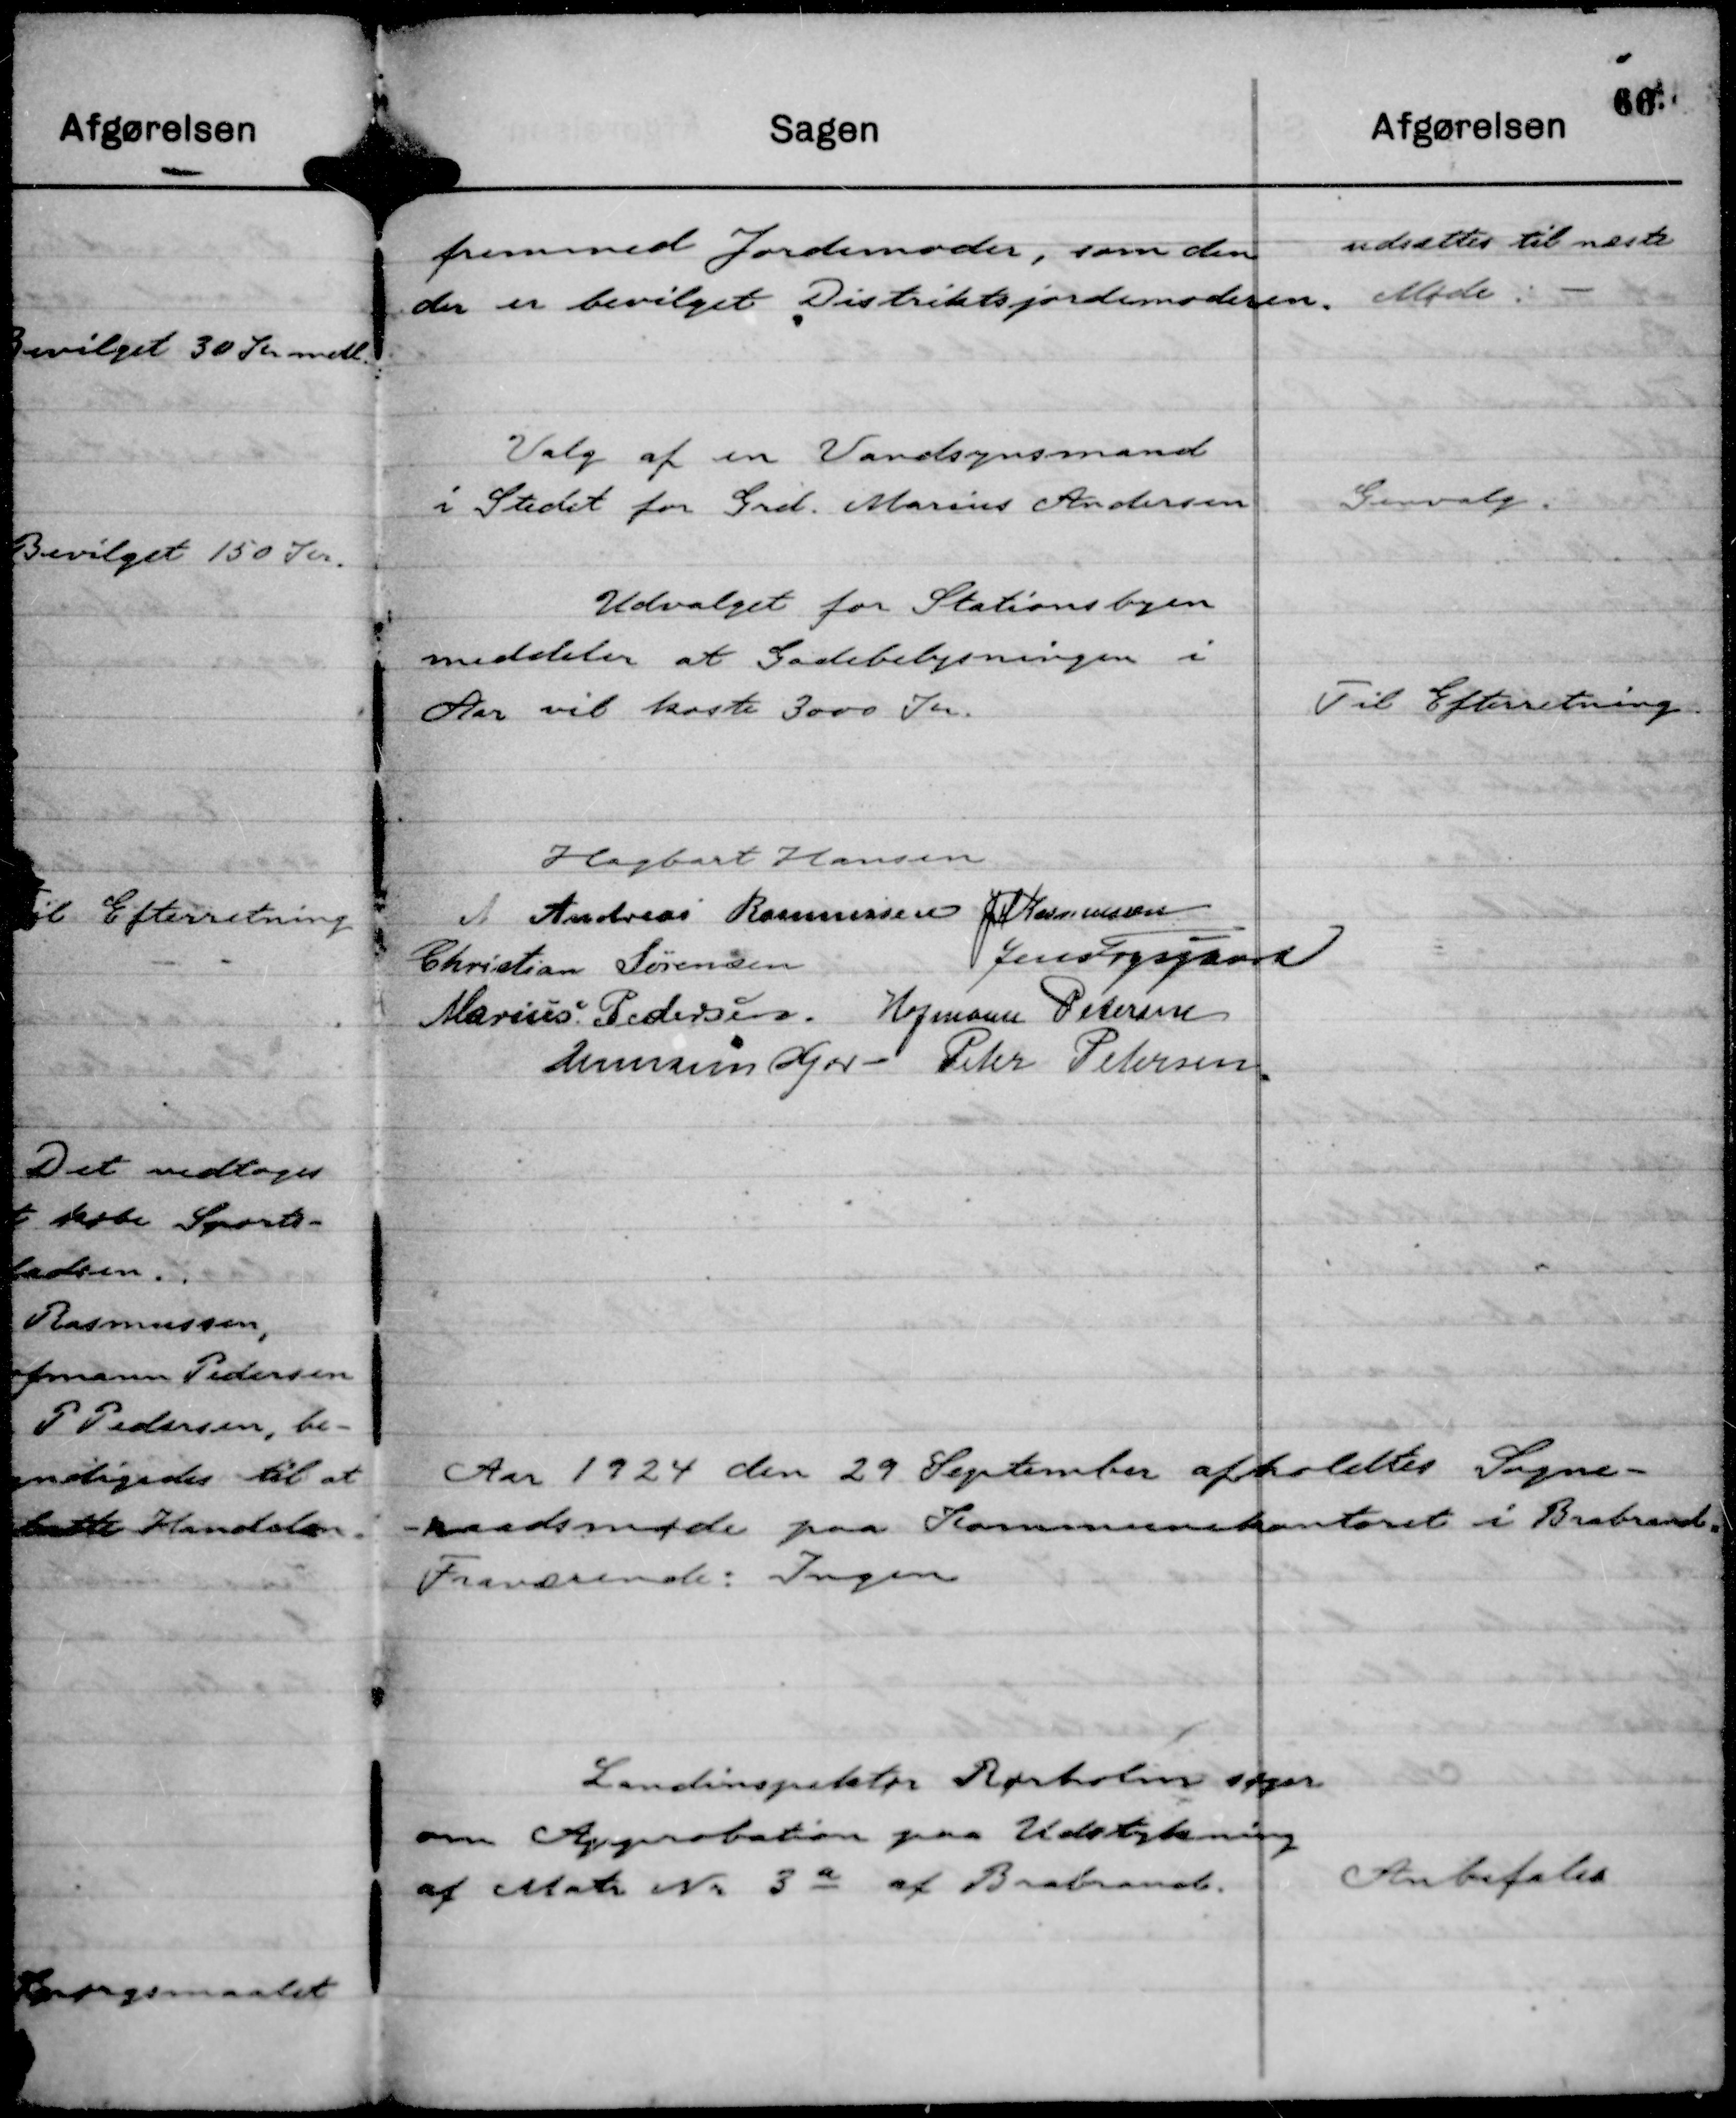
Transskription:
fremmed Jordemoder, som den
der er bevilget Distriksjordemoderen.

udsættes til næste
Møde.

Valg af en Vandsynsmand
i Stedet for Grd. Marius Andersen

Genvalg.

Udvalget for Stationsbyen
meddeler at Gadebelysningen i
Aar vil koste 3000 Kr.

Til Efterretning

Hagbart Hansen
A Andreas Rasmussen
JM Rasmussen
Christian Sørensen
Jens Fogsgaard
Marius Pedersen.
Hofmann Petersen
Hermann Kjær
Peter Petersen.

Aar 1924 den 29 September afholdtes Sogne-
raadsmøde paa Kommunekontoret i Brabrand.
Fraværende: Ingen

Landinspektør Rørholm søger
om Approbation paa Udstykning
af Matr Nr 3 a af Brabrand.

Anbefales